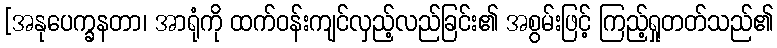
[အနုပေက္ခနတာ၊ အာရုံကို ထက်ဝန်းကျင်လှည့်လည်ခြင်း၏ အစွမ်းဖြင့် ကြည့်ရှုတတ်သည်၏